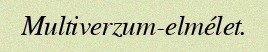
Multiverzum-elmélet.